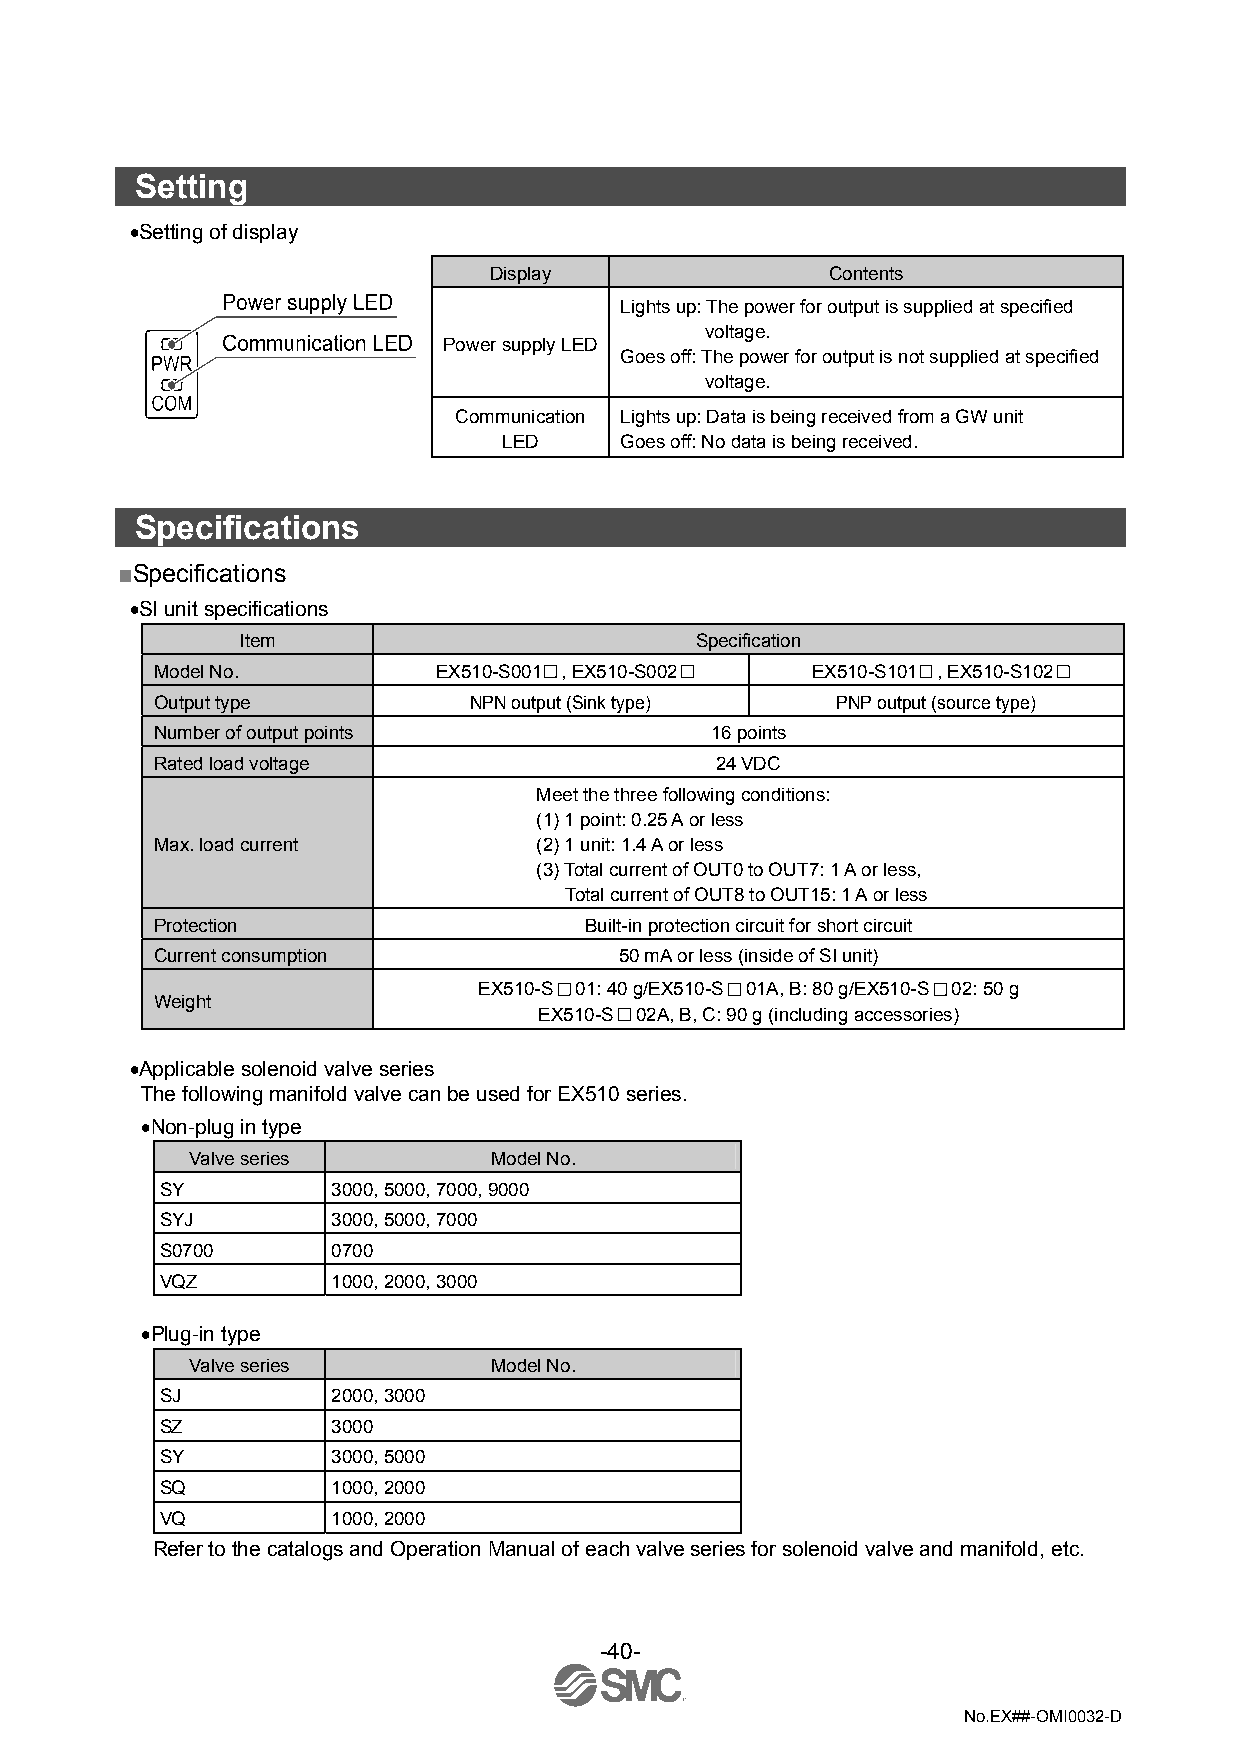
Setting
 •Setting of display
 Display                Contents
 Lights up: The power for output is supplied at specified
 voltage.
 Power supply LED
 Goes off: The power for output is not supplied at specified
 voltage.
 Communication Lights up: Data is being received from a GW unit
 LED     Goes off: No data is being received.
 Specifications
 ■Specifications
 •SI unit specifications
 Item                          Specification
 Model No.          EX510-S001 , EX510-S002  EX510-S101 , EX510-S102
 Output type          NPN output (Sink type)  PNP output (source type)
 Number of output points              16 points
 Rated load voltage                   24 VDC
 Meet the three following conditions:
 (1) 1 point: 0.25 A or less
 Max. load current        (2) 1 unit: 1.4 A or less
 (3) Total current of OUT0 to OUT7: 1 A or less,
 Total current of OUT8 to OUT15: 1 A or less
 Protection                   Built-in protection circuit for short circuit
 Current consumption            50 mA or less (inside of SI unit)
 EX510-S 01: 40 g/EX510-S 01A, B: 80 g/EX510-S 02: 50 g
 Weight
 EX510-S 02A, B, C: 90 g (including accessories)
 •Applicable solenoid valve series
 The following manifold valve can be used for EX510 series.
 •Non-plug in type
 Valve series       Model No.
 SY         3000, 5000, 7000, 9000
 SYJ        3000, 5000, 7000
 S0700      0700
 VQZ        1000, 2000, 3000
 •Plug-in type
 Valve series       Model No.
 SJ         2000, 3000
 SZ         3000
 SY         3000, 5000
 SQ         1000, 2000
 VQ         1000, 2000
 Refer to the catalogs and Operation Manual of each valve series for solenoid valve and manifold, etc.
 -40-
 No.EX##-OMI0032-D